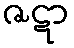
ဇဋာ